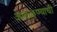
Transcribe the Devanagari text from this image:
आदळण्याची